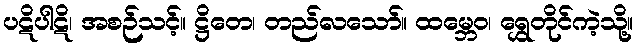
ပဋိပါဋိ၊ အစဉ်သင့်။ ဋ္ဌိတေ၊ တည်လသော်။ ထမ္ဘေဝ၊ ရွှေတိုင်ကဲ့သို့။